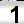
Digit: 1